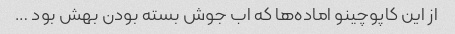
از این کاپوچینو اماده‌ها که اب جوش بسته بودن بهش بود …